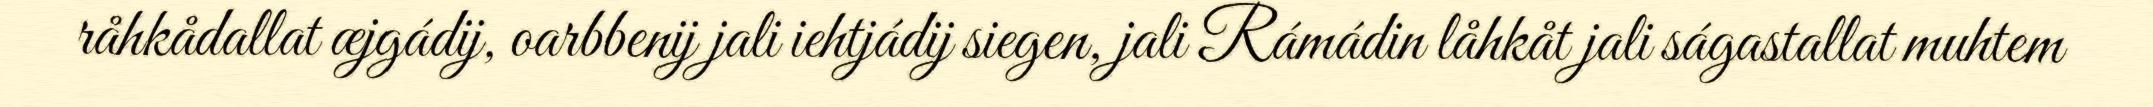
råhkådallat æjgádij, oarbbenij jali iehtjádij siegen, jali Rámádin låhkåt jali ságastallat muhtem